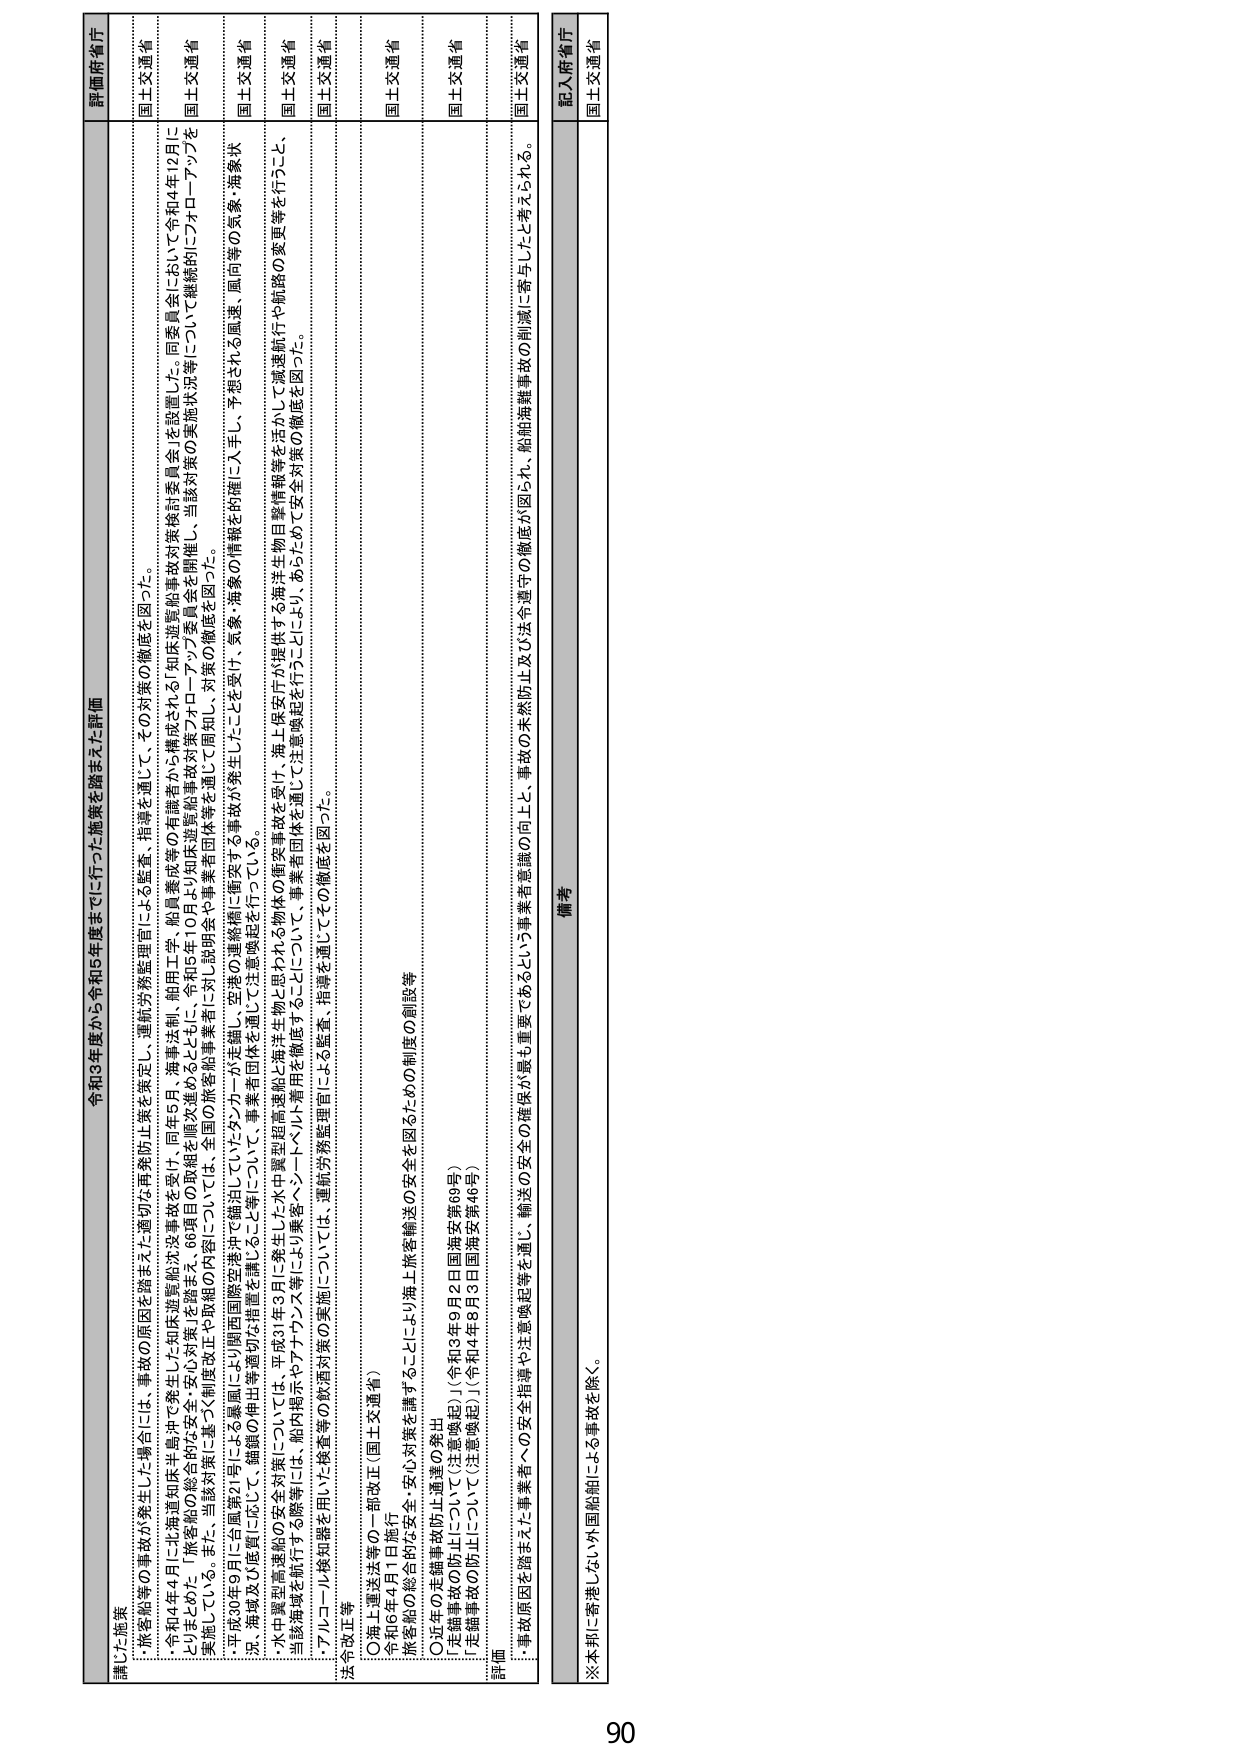
令和3年度から令和5年度までに行った施策を踏まえた評価

講じた施策
・旅客船等の事故が発生した場合には、事故の原因を踏まえた適切な再発防止策を策定し、運航労務監理官による監査、指導を通じて、その対策の徹底を図った。
・令和4年4月に北海道知事主導により、事故の原因を踏まえた「知床遊覧船沈没事故対策検討委員会」を設置した。同委員会において令和4年12月に
とりまとめた「旅客船の総合的安全・安心対策」を踏まえ、66項目の取組を順次進めるとともに、令和5年10月に「知床遊覧船事故対策プロジェクト委員会を開催し、当該対策の実施状況等について継続的にフォローアップを
実施している。また、当該対策に基づく制度改正や取組の内容については、全国の旅客船事業者に対し説明会や事業者団体等を通じて周知し、対策の徹底を図った。
・平成30年9月に全国で2件以上が発生した「黒潮の爆発」について、事業者団体等を通じて確認している事故の再発防止を図っている。
・沖、海域及び底質において、継続的偏出等適切な措置を講じること等について、事業者団体を通じて注意喚起を行っている。
・水中翼型高速船の安全対策については、平成31年3月に発生した水中翼型超高速船と海洋生物との衝突事故を受け、海上保安庁が提供する海洋生物目撃情報等を活かして減速航行や航路の変更等を行うこと、
当該海域を航行する際等には、船内掲示やアナウンス等により乗客・シートベルト着用を徹底することについて、事業者団体を通じて注意喚起を行うことにより、あらためて安全対策の徹底を図った。
・アルコール検知器を用いた検査等の飲酒対策の実施については、運航労務監理官による監査、指導を通じてその徹底を図った。
法等改正等
〇海上運送法等の一部改正（国土交通省）
令和6年4月1日施行
旅客船の総合的安全・安心対策を講ずることにより海上旅客輸送の安全を図るための制度の創設等
〇近年の走錨事故防止通達の発出
「走錨事故の防止について（注意喚起）」（令和3年9月2日国海安第69号）
「走錨事故の防止について（注意喚起）」（令和4年8月3日国海安第46号）

評価
・事故原因を踏まえた事業者への安全指導や注意喚起等を通じ、輸送の安全の確保が重要であるという事業者意識の向上、事故の未然防止及び法令遵守の徹底が図られ、船舶海難事故の削減に寄与したと考えられる。

評価府省庁
国土交通省
国土交通省
国土交通省
国土交通省
国土交通省
国土交通省
国土交通省
国土交通省
国土交通省

備考
記入府省庁
国土交通省

※本邦に寄港しない外国船舶による事故を除く。

90